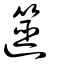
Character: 遾